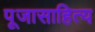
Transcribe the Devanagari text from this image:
पूजासाहित्य